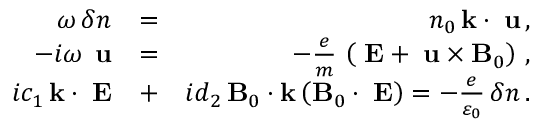
\begin{array} { r l r } { \omega \, \delta n } & { = } & { n _ { 0 } \, { \bf k } \cdot { \bf \delta u } \, , } \\ { - i \omega \, { \bf \delta u } } & { = } & { - \frac { e } { m } \, \left( { \bf \delta E } + { \bf \delta u } \times { \bf B } _ { 0 } \right) \, , } \\ { i c _ { 1 } \, { \bf k } \cdot { \bf \delta E } } & { + } & { i d _ { 2 } \, { \bf B } _ { 0 } \cdot { \bf k } \left( { \bf B } _ { 0 } \cdot { \bf \delta E } \right) = - \frac { e } { \varepsilon _ { 0 } } \, \delta n \, . } \end{array}